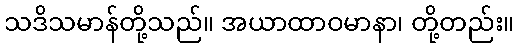
သဒိသမာန်တို့သည်။ အယာထာဝမာနာ၊ တို့တည်း။